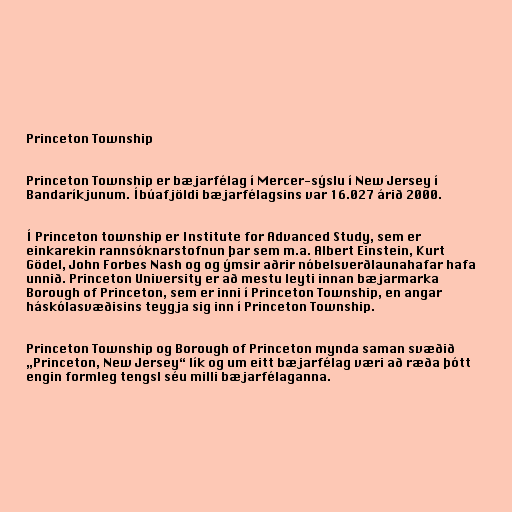
Princeton Township

Princeton Township er bæjarfélag í Mercer-sýslu í New Jersey í
Bandaríkjunum. Íbúafjöldi bæjarfélagsins var 16.027 árið 2000.

Í Princeton township er Institute for Advanced Study, sem er
einkarekin rannsóknarstofnun þar sem m.a. Albert Einstein, Kurt
Gödel, John Forbes Nash og og ýmsir aðrir nóbelsverðlaunahafar hafa
unnið. Princeton University er að mestu leyti innan bæjarmarka
Borough of Princeton, sem er inni í Princeton Township, en angar
háskólasvæðisins teygja sig inn í Princeton Township.

Princeton Township og Borough of Princeton mynda saman svæðið
„Princeton, New Jersey“ lík og um eitt bæjarfélag væri að ræða þótt
engin formleg tengsl séu milli bæjarfélaganna.